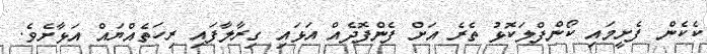
ކެކެން ފެށީމައި ކޯންފްލަކޮޅު ތެރެ އަށް ފެންފޮދެއް އަޅައި ގިރާލާފައި ރިހަތެއްޔައް އަޅާށެވެ.